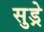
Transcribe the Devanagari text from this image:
सुड्रे